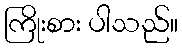
ကြိုးစား ပါသည်။